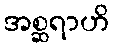
အစ္ဆရာဟိ